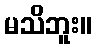
မသိဘူး။